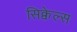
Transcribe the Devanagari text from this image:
सिक्वेल्स